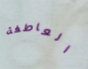
العاطفة